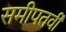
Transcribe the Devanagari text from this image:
समीपतर्वी